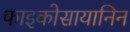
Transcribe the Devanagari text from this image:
फाइकोसायानिन